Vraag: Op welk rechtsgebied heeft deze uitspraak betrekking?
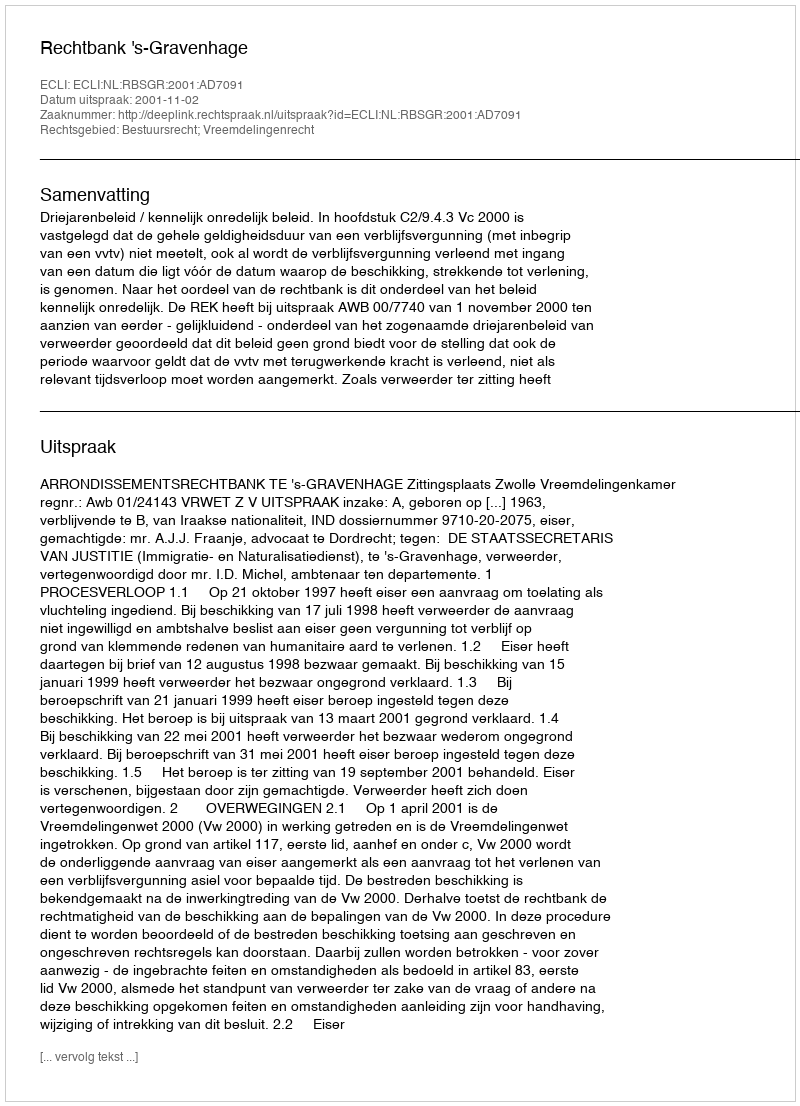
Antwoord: Bestuursrecht; Vreemdelingenrecht